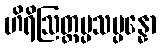
ဟိရိဩတ္တပ္ပသမ္ပန္နော